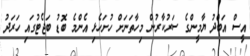
އީސް އަބްދު ޔާމީންގެ ސަރުކާރުން މިހާތަނަށް ހުށަހެޅި އެންމެ ބޮޑު ބަޖެޓުގައި ހަރަދު